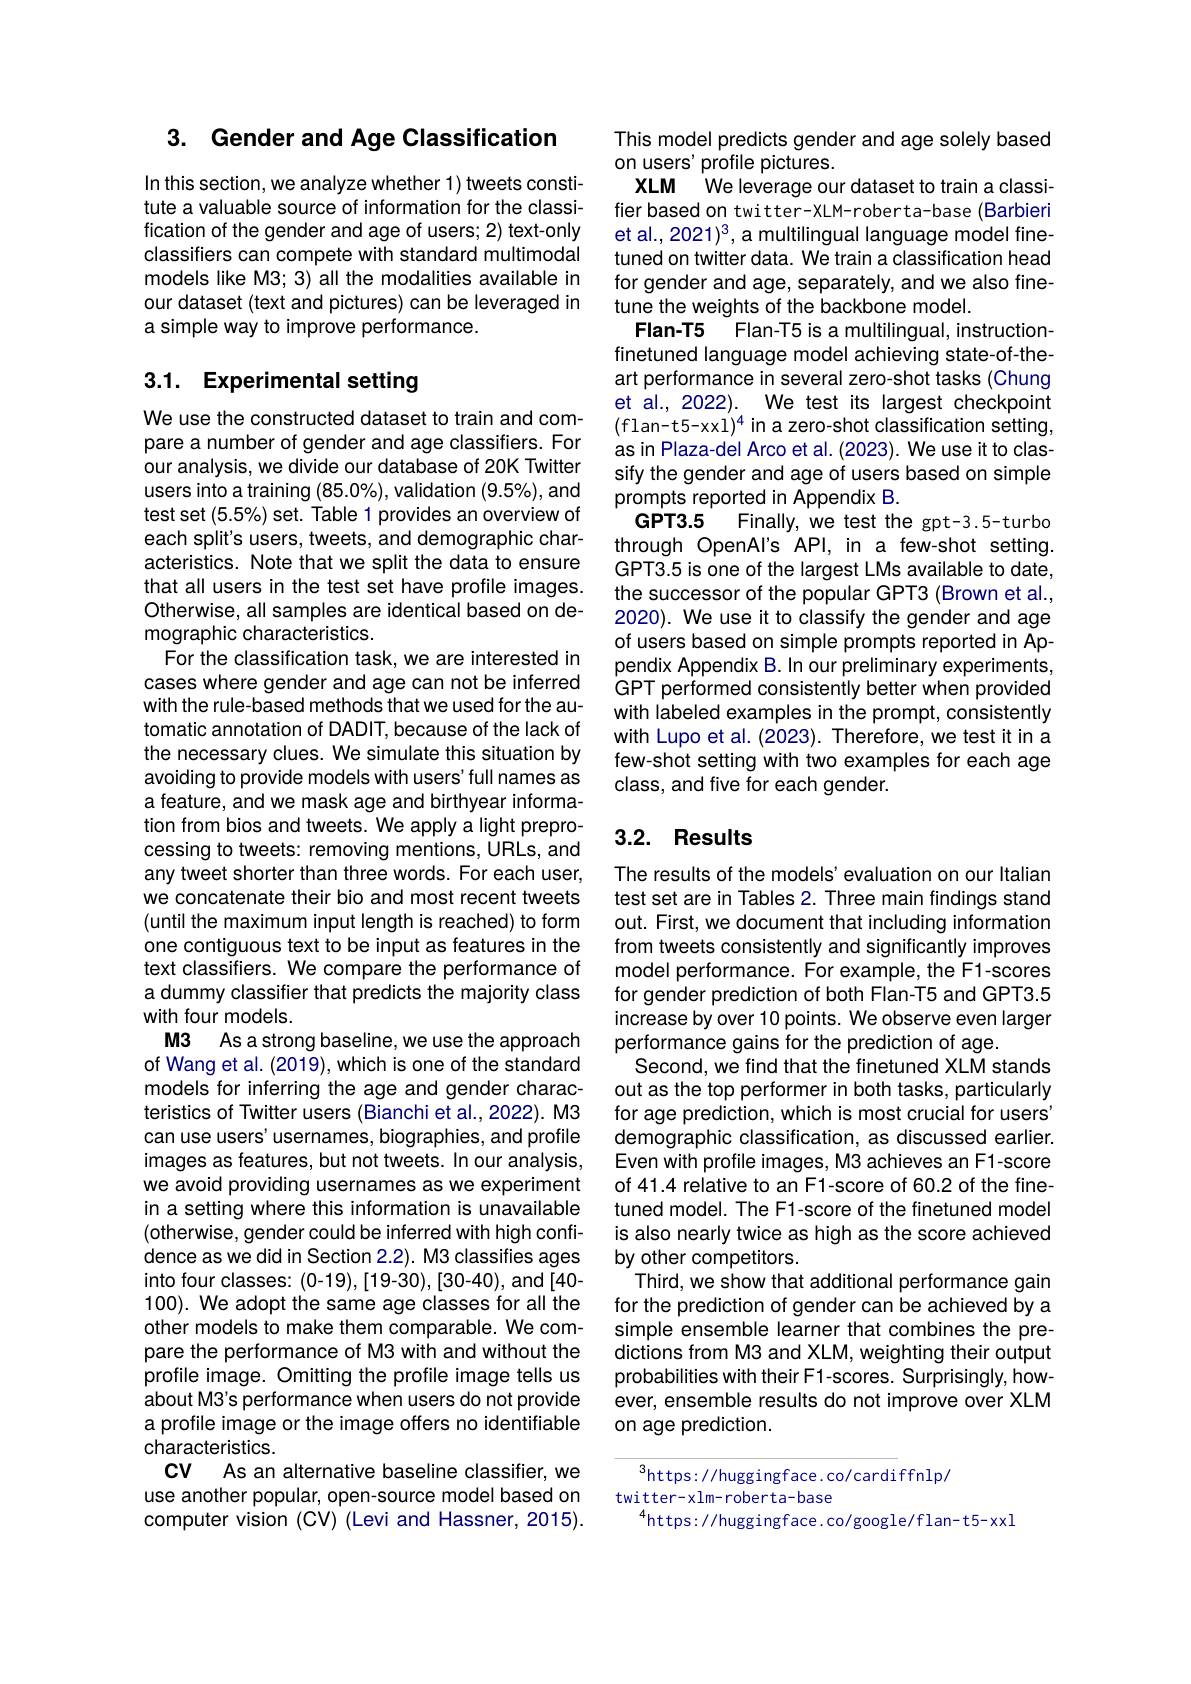
## 3. Gender and Age Classification

In this section, we analyze whether 1) tweets constitute a valuable source of information for the classification of the gender and age of users; 2) text-only classifiers can compete with standard multimodal models like M3; 3) all the modalities available in our dataset (text and pictures) can be leveraged in a simple way to improve performance.

## 3.1. Experimental setting

We use the constructed dataset to train and compare a number of gender and age classifiers. For our analysis, we divide our database of 20K Twitter users into a training (85.0%), validation (9.5%), and test set (5.5%) set. Table 1 provides an overview of each split's users, tweets, and demographic characteristics. Note that we split the data to ensure that all users in the test set have profile images. Otherwise, all samples are identical based on demographic characteristics.
For the classification task, we are interested in cases where gender and age can not be inferred with the rule-based methods that we used for the automatic annotation of DADIT, because of the lack of the necessary clues. We simulate this situation by avoiding to provide models with users' full names as a feature, and we mask age and birthyear information from bios and tweets. We apply a light preprocessing to tweets: removing mentions, URLs, and any tweet shorter than three words. For each user, we concatenate their bio and most recent tweets (until the maximum input length is reached) to form one contiguous text to be input as features in the text classifiers. We compare the performance of a dummy classifier that predicts the majority class with four models.
M3 Asastrong baseline, we use the approach of Wang et al. (2019), which is one of the standard models for inferring the age and gender characteristics of Twitter users (Bianchi et al.,2022). M3 can use users' usernames, biographies, and profile images as features, but not tweets. In our analysis, we avoid providing usernames as we experiment in a setting where this information is unavailable (otherwise, gender could be inferred with high confidence as we did in Section 2.2). M3 classifies ages into four classes: (0-19), [19-30), [30-40), and [40- 100). We adopt the same age classes for all the other models to make them comparable. We compare the performance of M3 with and without the profile image. Omitting the profile image tells us about M3's performance when users do not provide a profile image or the image offers no identifiable characteristics
CV As an alternative baseline classifier, we use another popular, open-source model based on computer vision (CV) (Levi and Hassner, 2015).

This model predicts gender and age solely based
on users' profile pictures.
XLM Weleverage our dataset to train a classifier based on twitter-XLM-roberta-base (Barbieri et al., 2021)3, a multilingual language model finetuned on twitter data. We train a classification head for gender and age, separately, and we also finetune the weights of the backbone model.
Flan-T5
Flan-T5 is a multilingual, instruction-
finetuned language model achieving state-of-theart performance in several zero-shot tasks (Chung et al., 2022). We test its largest checkpoint (flan-t5-xxl$)^4$ in a zero-shot classification setting, as in Plaza-del Arco et al. (2023). We use it to classify the gender and age of users based on simple prompts reported in Appendix B.
$GPT3.5$
Finally, we test the gpt-3.5-turbo
through OpenAl's API, in a few-shot setting. GPT3.5 is one of the largest LMs available to date, the successor of the popular GPT3 (Brown et al., 2020). We use it to classify the gender and age of users based on simple prompts reported in Appendix Appendix B. In our preliminary experiments, GPT performed consistently better when provided with labeled examples in the prompt, consistently with Lupo et al. (2023). Therefore, we test it in a few-shot setting with two examples for each age class, and five for each gender.

## 3.2. Results

The results of the models'evaluation on our Italian test set are in Tables 2. Three main findings stand out. First, we document that including information from tweets consistently and significantly improves model performance. For example, the F1-scores for gender prediction of both Flan-T5 and GPT3.5 increase by over 10 points. We observe even larger performance gains for the prediction of age.
Second, we find that the finetuned XLM stands out as the top performer in both tasks, particularly for age prediction, which is most crucial for users' demographic classification, as discussed earlier. Even with profile images, M3 achieves an F1-score of 41.4 relative to an F1-score of 60.2 of the finetuned model. The F1-score of the finetuned model is also nearly twice as high as the score achieved by other competitors.
Third, we show that additional performance gain for the prediction of gender can be achieved by a simple ensemble learner that combines the predictions from M3 and XLM, weighting their output probabilities with their F1-scores. Surprisingly, however, ensemble results do not improve over XLM on age prediction.

$^{3}$https: / / huggingface. co/ cardi ffnlp/
twitter-xlm-roberta-base
$^{4}$https://huggingface.co/google/flan-t5-xxl